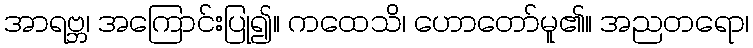
အာရဗ္ဘ၊ အကြောင်းပြု၍။ ကထေသိ၊ ဟောတော်မူ၏။ အညတရော၊